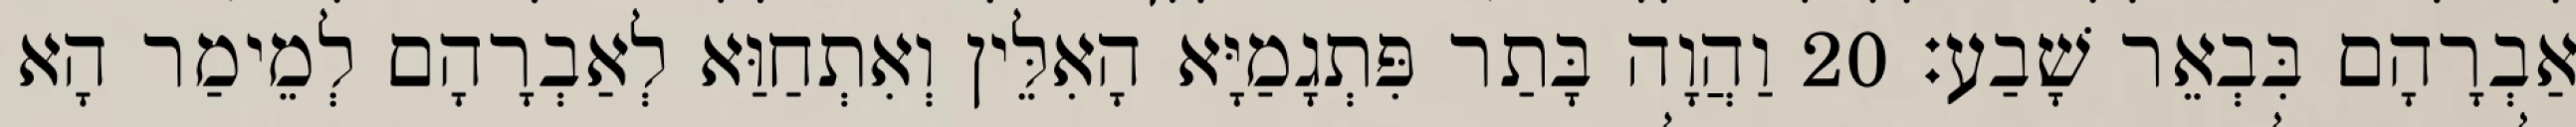
אַבְרָהָם בִּבְאֵר שָׁבַע׃ 20 וַהֲוָה בָּתַר פִּתְגָמַיָּא הָאִלֵּין וְאִתְחַוַּא לְאַבְרָהָם לְמֵימַר הָא